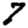
Digit: 7